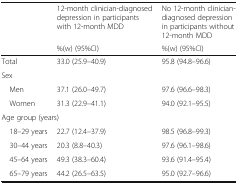
<table><thead><tr><td></td><td><b>12-month clinician-diagnosed depression in participants with 12-month MDD</b></td><td><b>No 12-month clinician-diagnosed depression in participants without 12-month MDD</b></td></tr><tr><td></td><td><b>%(w) (95%CI)</b></td><td><b>%(w) (95%CI)</b></td></tr></thead><tbody><tr><td>Total</td><td>33.0 (25.9–40.9)</td><td>95.8 (94.8–96.6)</td></tr><tr><td colspan="3">Sex</td></tr><tr><td> Men</td><td>37.1 (26.0–49.7)</td><td>97.6 (96.6–98.3)</td></tr><tr><td> Women</td><td>31.3 (22.9–41.1)</td><td>94.0 (92.1–95.5)</td></tr><tr><td colspan="3">Age group (years)</td></tr><tr><td> 18–29 years</td><td>22.7 (12.4–37.9)</td><td>98.5 (96.8–99.3)</td></tr><tr><td> 30–44 years</td><td>20.3 (8.8–40.3)</td><td>97.6 (96.1–98.6)</td></tr><tr><td> 45–64 years</td><td>49.3 (38.3–60.4)</td><td>93.6 (91.4–95.4)</td></tr><tr><td> 65–79 years</td><td>44.2 (26.5–63.5)</td><td>95.0 (92.7–96.6)</td></tr></tbody></table>